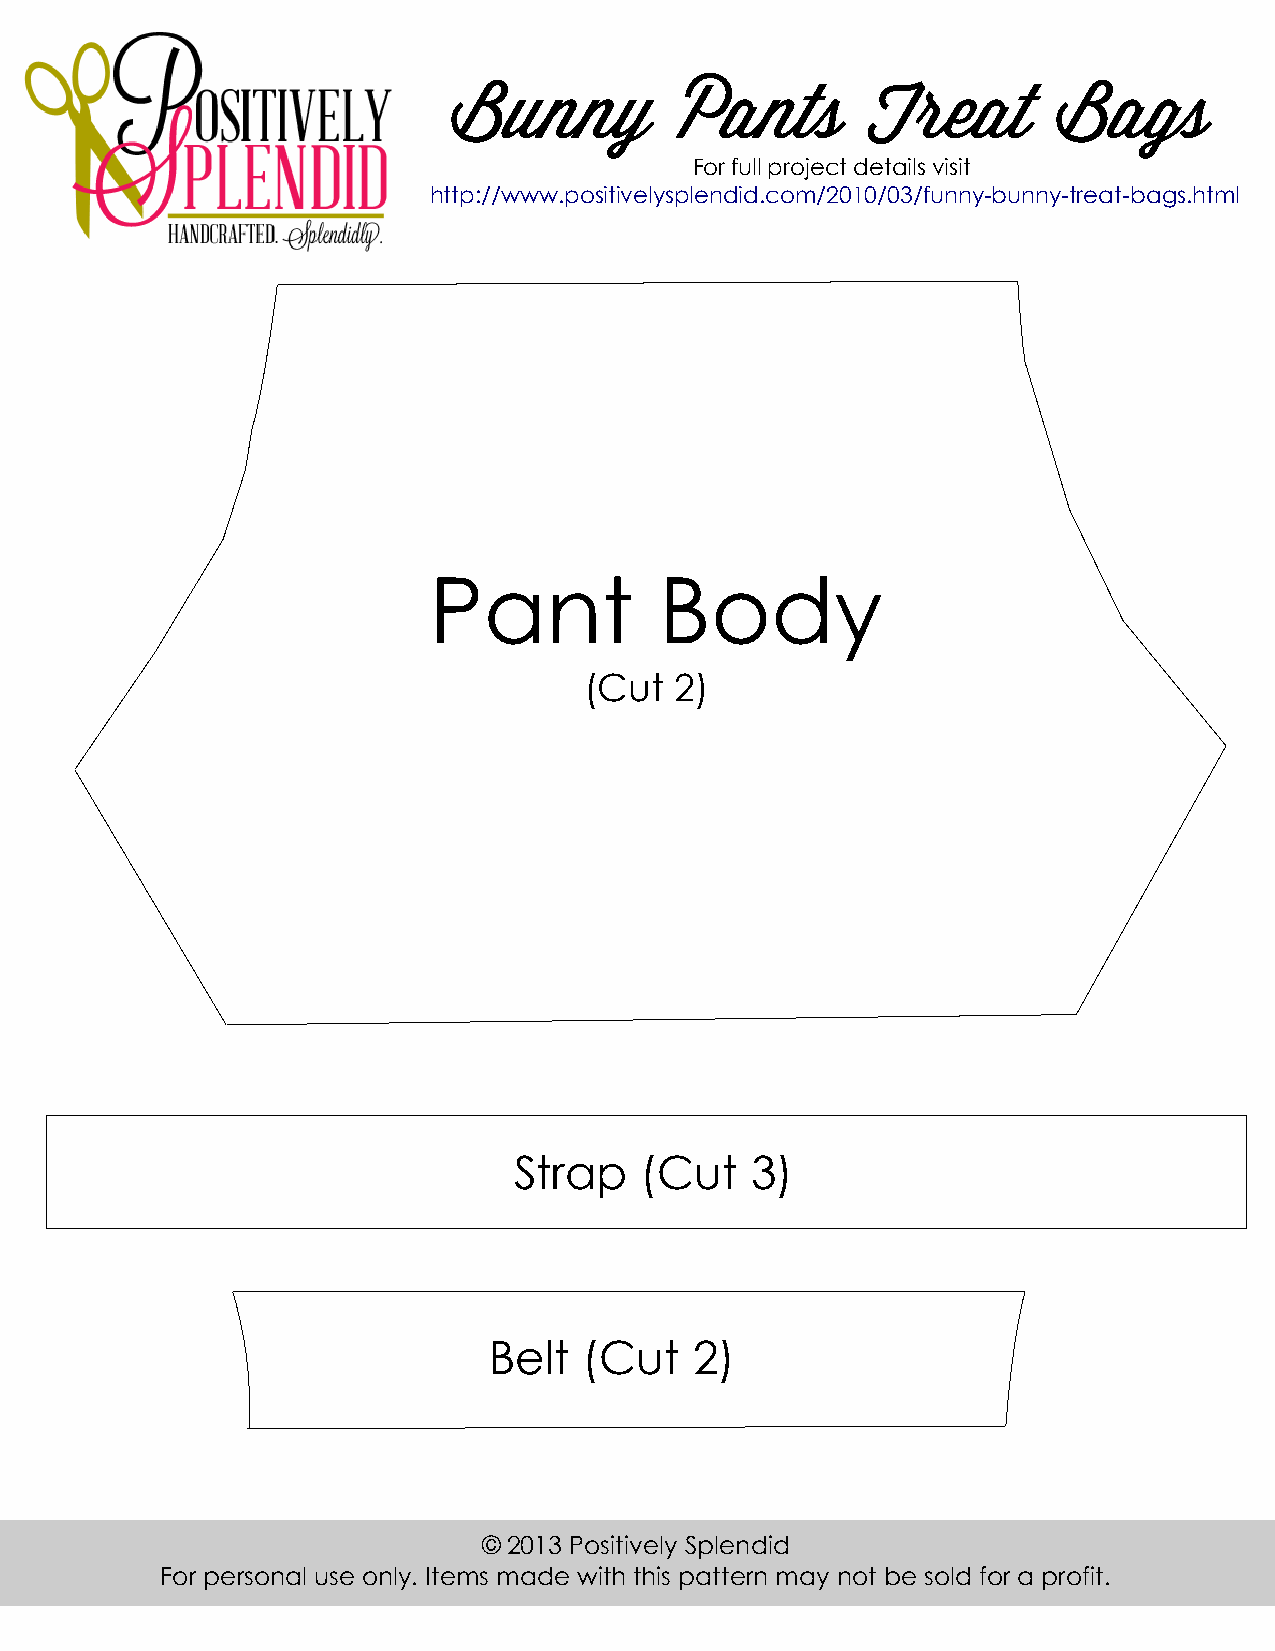
Bunny          Pants       Treat        Bags
 For full project details visit
 http://www.positivelysplendid.com/2010/03/funny-bunny-treat-bags.html
 Pant            Body
 (Cut  2)
 Strap   (Cut    3)
 Belt   (Cut   2)
 © 2013 Positively Splendid
 For personal use only. Items made with this pattern may not be sold for a profit.